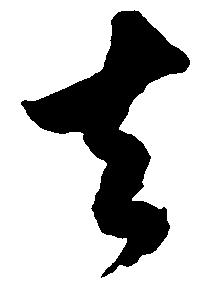
去